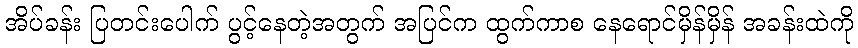
အိပ်ခန်း ပြတင်းပေါက် ပွင့်နေတဲ့အတွက် အပြင်က ထွက်ကာစ နေရောင်မှိန်မှိန် အခန်းထဲကို